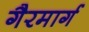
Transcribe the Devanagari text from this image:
गैरमार्ग